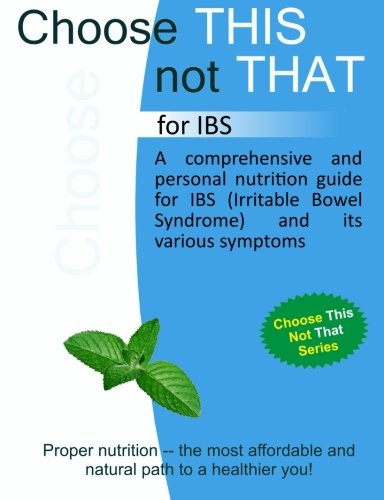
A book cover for Choose This not That for IBS (Irritable Bowel Syndrome); Personal Remedies; Health, Fitness & Dieting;